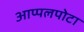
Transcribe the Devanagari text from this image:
आप्पलपोटा